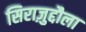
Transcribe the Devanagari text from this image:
सिराज़ुद्दौला